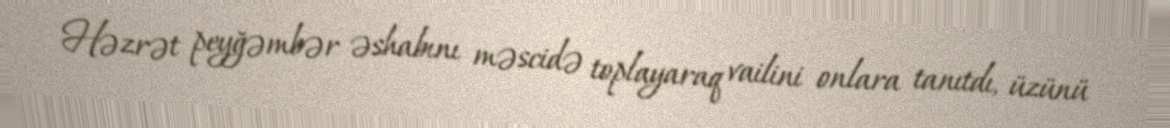
Həzrət peyğəmbər əshabını məscidə toplayaraq vailini onlara tanıtdı, üzünü